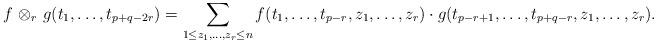
LaTeX: \begin{align*}f \ {\otimes}_r \ g (t_1, \ldots, t_{p+q-2r})= \sum_{1 \le z_1, \ldots, z_r \le n} f(t_1, \ldots, t_{p-r}, z_{1}, \ldots, z_r) \cdot g(t_{p-r+1}, \ldots, t_{p+q-r}, z_{1}, \ldots, z_r).\end{align*}